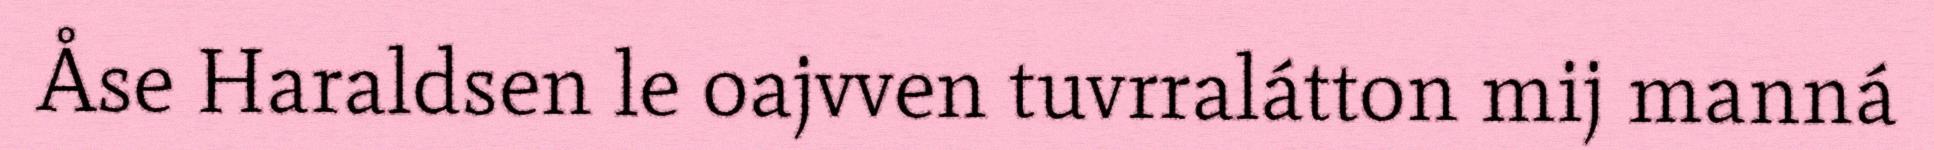
Åse Haraldsen le oajvven tuvrralátton mij manná